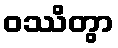
ဝဿိတွာ